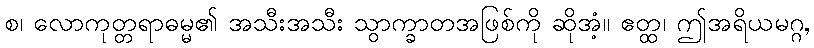
စ၊ လောကုတ္တရာဓမ္မ၏ အသီးအသီး သွာက္ခာတအဖြစ်ကို ဆိုအံ့။ ဧတ္ထ၊ ဤအရိယမဂ္ဂ,